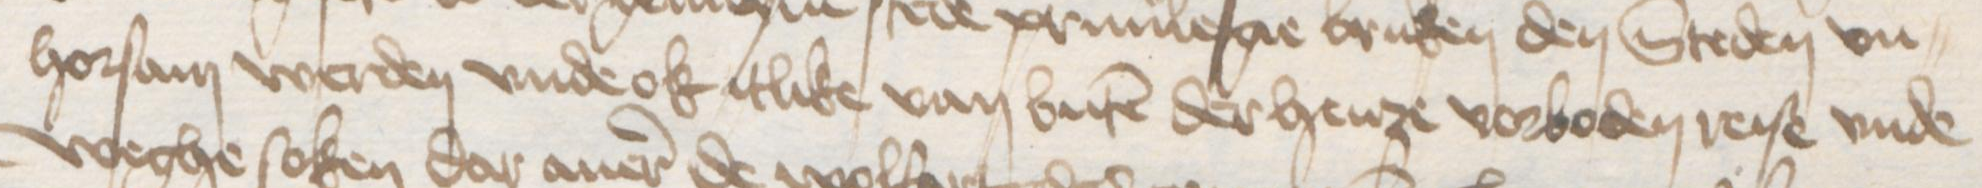
horsam werden vnde ok itlike van buten der henze vorboden reise vnde